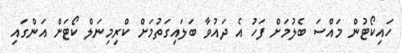
ހައިކޯޓުން މައްސަ ބެލުމަށް ފަހު އެ ދައުވާ ބަލައިގަތުމަށް ކްރިމިނަލް ކޯޓަށް އަންގައި